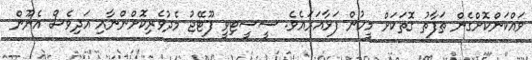
ވައްކަންކޮށްގެން ތަފާތު ގޮތަކަށް މީހުން ފަޅާއަރައެވެ. ސީސީޓިވީ ފޫޓޭޖު މެދުވެރިކޮށްންނާއި އަދިވެސް އެނޫން